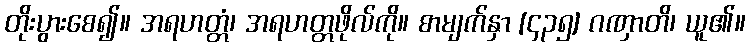
တိုးပွားစေ၍။ အရဟတ္တံ၊ အရဟတ္တဖိုလ်ကို။ စာမျက်နှာ [၄၃၅] ဂဏှာတိ၊ ယူ၏။